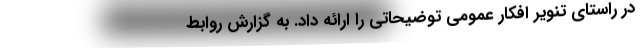
در راستای تنویر افکار عمومی توضیحاتی را ارائه داد. به گزارش روابط